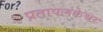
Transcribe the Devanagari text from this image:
प्रतापलंकेश्वर